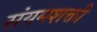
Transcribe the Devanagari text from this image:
संयमशक्ती